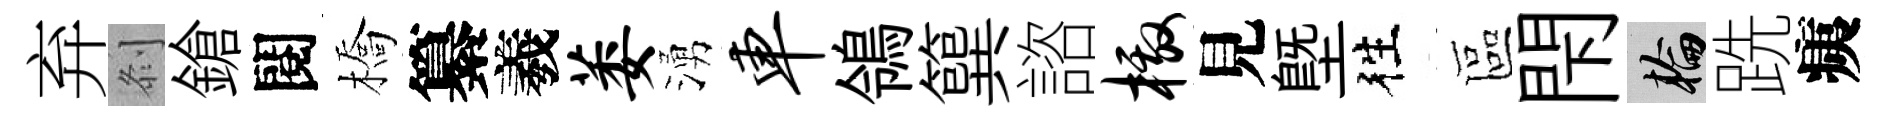
弃𠛴鎗閱橋纂羲萎湧车鴒簨諮檄見塈徃區閇輪跣痍